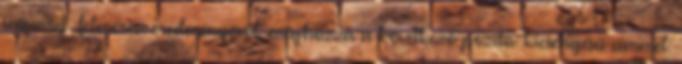
Inquiry felmérési eredményéről, méghozzá a következő pozitív kicsengésű címmel: